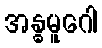
အန္ဓမူဂေါ